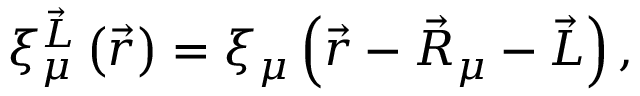
\begin{array} { r } { \xi _ { \mu } ^ { \vec { L } } \left( \vec { r } \right) = \xi _ { \mu } \left( \vec { r } - \vec { R } _ { \mu } - \vec { L } \right) , } \end{array}